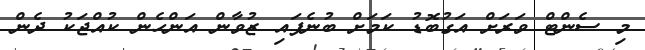
މި ސެންޓް ވަރަށް އަގުބޮޑު ކަމަށް ބުނެފައި ޒުވާން އަންހެން ކުއްޖަކު ދެން